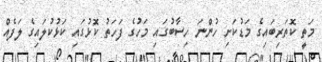
މަތީ ކޮތަރިބައިގެ މަޑުކަށި ހުންނަ ހިސާބުގައި މަހުގެ ފަހަތު ކޮޅުގައި ކަޅުކުލައިގެ ލަފެއް